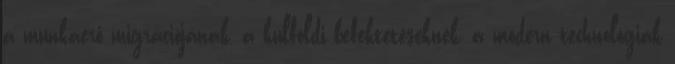
a munkaerő migrációjának, a külföldi befektetéseknek, a modern technológiák